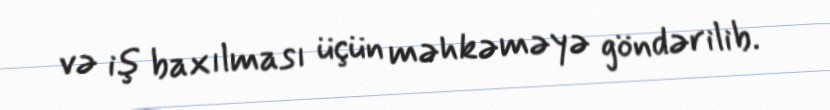
və iş baxılması üçün məhkəməyə göndərilib.